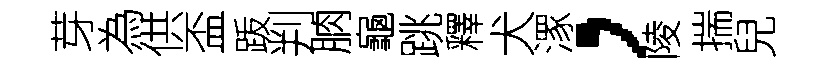
芽為供盃䟦判朒龜跳釋犬潈，陵揣兒